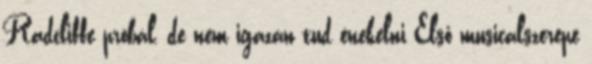
Radcliffe próbál, de nem igazán tud énekelni Első musicalszerepe